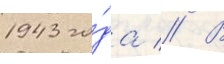
1943 го́да // В